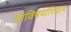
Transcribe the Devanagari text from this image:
याविषयांशिवाय